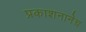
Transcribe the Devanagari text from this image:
प्रकाशनानेच